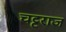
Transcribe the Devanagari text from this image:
चट्टराज